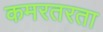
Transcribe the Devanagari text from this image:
कमरतरता